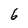
Character: 6